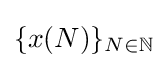
\{x(N)\}_{N\in \mathbb {N} }